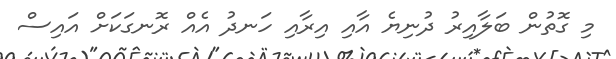
މި ގޮތުން ބަލާއިރު ދުނިޔެ އާއި އިރާއި ހަނދު އެއް ރޮނގަކަށް އައިސް